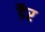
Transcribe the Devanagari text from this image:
डैर